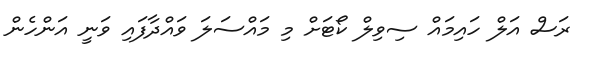
ރަސް އަލް ހައިމައް ސިވިލް ކޯޓަށް މި މައްސަލަ ވައްދާފައި ވަނީ އަންހެން